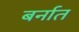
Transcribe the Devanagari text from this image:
बर्नात